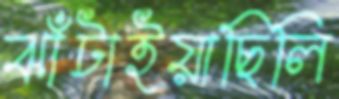
ঝাঁটাইয়াছিলি